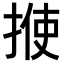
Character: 𪮈